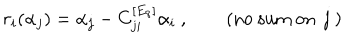
\quad r _ { i } ( \alpha _ { j } ) = \alpha _ { j } - C _ { j i } ^ { [ E _ { 8 } ] } \alpha _ { i } ~ , \qquad \mathrm { ( n o ~ s u m ~ o n ~ j ~ ) }